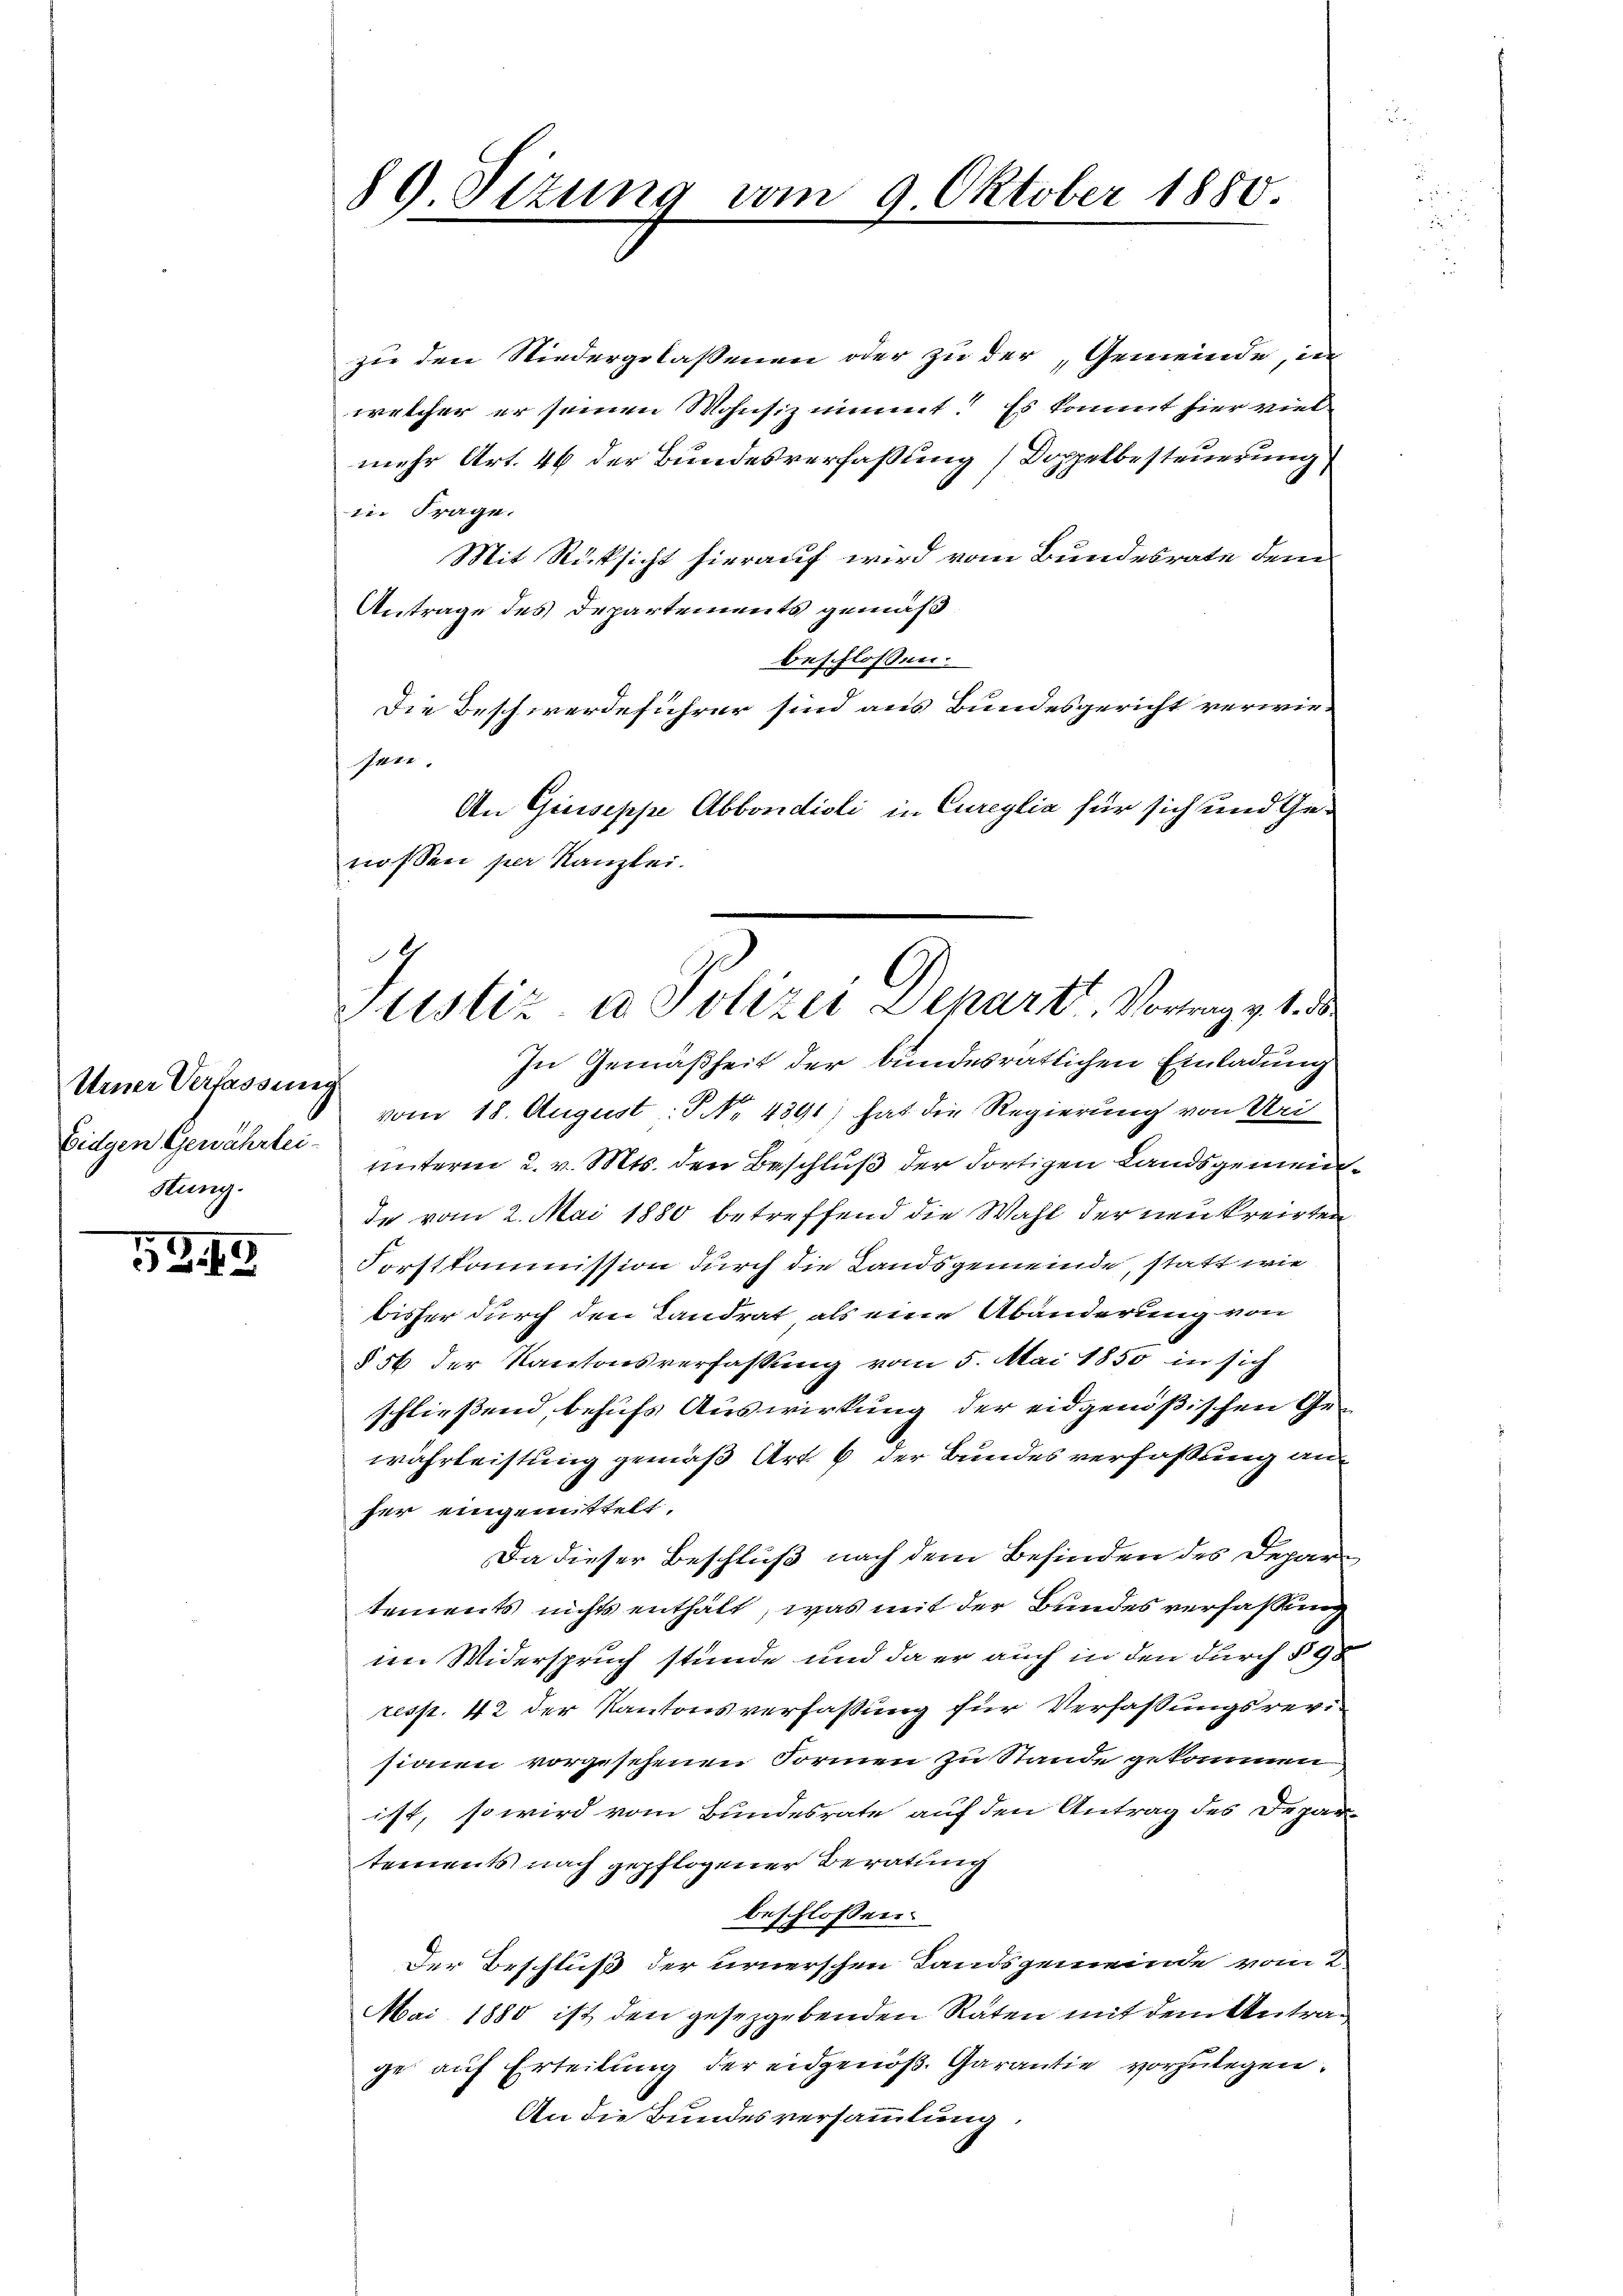
Urner Verfassung
Eidgen Gewährtei¬
Hung.

5349

89 Sizung vom 9. Oktober 1880.

zue der Niedergelassenen oder zu der Gemeinde, in
welcher er seinen Wohnsiz nimmt. Es kommt hier viel
mehr Art. 46 der Bundesverfassung (Doppelbesteuerung,
ine Frage.
Mit Rücksicht hierauf wird vom Bundesrate dem
Antrage des Departements gemäß
beschlossen:
Die Beschwerdeführer sind aus Bundesgericht verwiesen.
An Giuseppe Abbondioli in Cureylia für sich und Genossen per Kanzlei.
In Gemäßheit der bundesrätlichen Einladung
vom 18. August : P. Nr. 4391) hat die Regierung von Sei
unterm 2. v. Mts. den Beschluß der dortigen Landsgemeinde vom 2. Mai 1880 betreffend die Wahl der neukreisten
Forstkommission durch die Landsgemeinde, statt wie
bisher durch den Landrat als eine Abänderung von
§ 56 der Kantonsverfassung vom 5. Mai 1850 in sich
schließend behufs Auswirkung der eidgenößischen Gewährleistung gemäß Art. 6 der Bundes verfaßung auf
her eingemittelt.
Da dieser Beschluß nach dem Befinden des Depar
tements nichts enthält, was mit der Bundes verfassung
im Widerspruch stunde und da er auch in den durch § 98
resp. 42 der Kantonsverfassung für Verfassungsrevi-
sionen vorgesehenen Formen zu Stande gekommen
isst, so wird vom Bundesrate auf den Antrag des Depar-
tements nach gepflogener Beratung
beschlossen:
Der Beschluß der urnerschen Landsgemeinde vom 2.
Mai 1880 ist den gesezgebenden Räten mit dem Antrag
ge auf Erteilung der eidgenöß. Garantie vorzulegen.
An die Bundesversammlung.

.
Justiz u Polizei Departi, Vortung v. 1 de